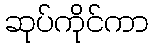
ဆုပ်ကိုင်ကာ